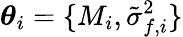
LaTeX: \boldsymbol\theta_{i}=\{ M_{i},\tilde{\sigma}_{f,i}^{2}\}